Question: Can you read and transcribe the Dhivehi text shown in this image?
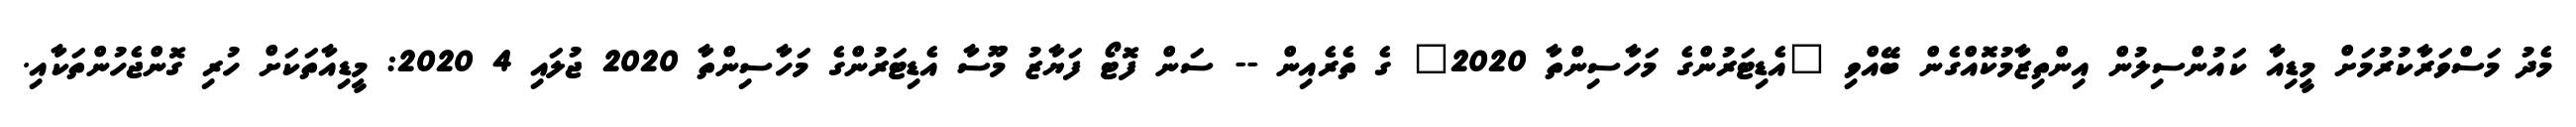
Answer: މެދު މަސްވަރާކުރުމަށް މީޑިއާ ކައުންސިލުން އިންތިޒާމުކޮއްގެން ބޭއްވި "އެޑިޓަރުންގެ މަހާސިންތާ 2020" ގެ ތެރެއިން -- ސަން ފޮޓޯ ފަޔާޒު މޫސާ އެޑިޓަރުންގެ މަހާސިންތާ 2020 ޖުލައި 4 2020: މީޑިއާތަކަށް ހުރި ގޮންޖެހުންތަކާއި.